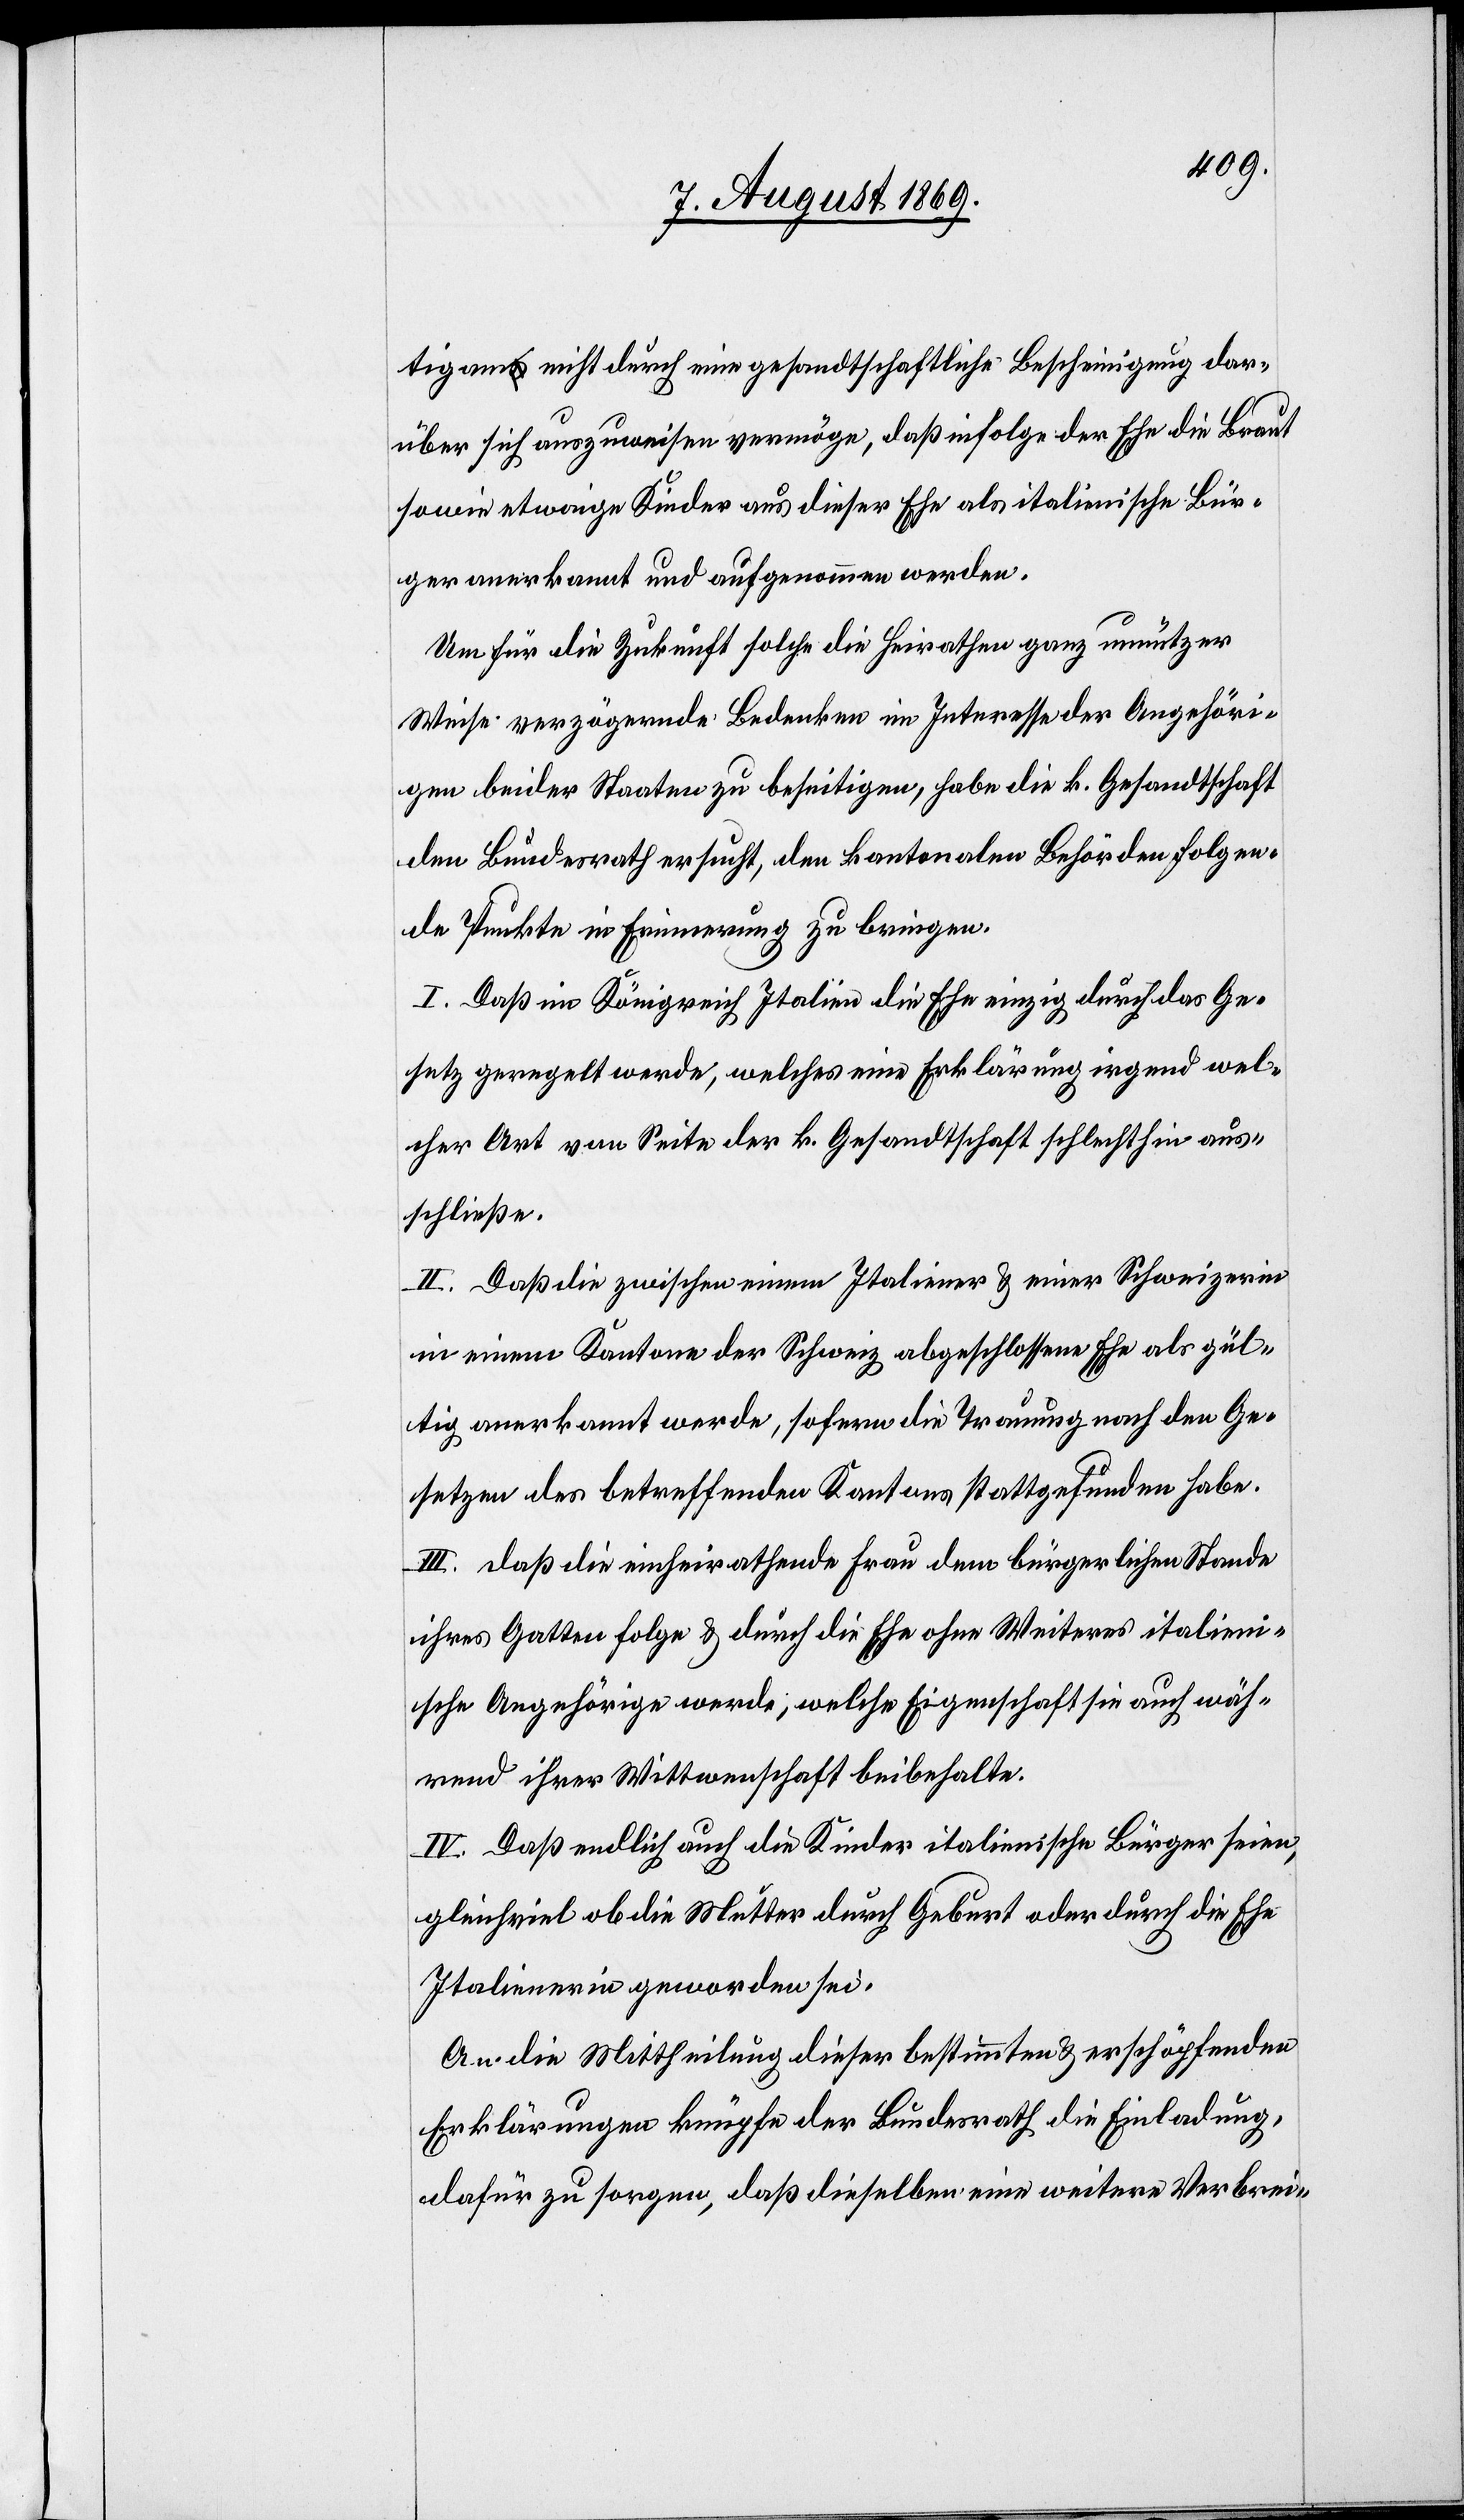
tigam nicht durch eine gesandtschaftliche Bescheinigung dar¬
über sich auszuweisen vermöge, daß infolge der Ehe die Braut
sowie etwaige Kinder aus dieser Ehe als italienische Bür¬
ger anerkannt und aufgenommen werden.
Um für die Zukunft solche die Heirathen ganz unnützer
Weise verzögernde Bedenken im Interesse der Angehöri¬
gen beider Staaten zu beseitigen, habe die k. Gesandtschaft
den Bundesrath ersucht, den kantonalen Behörden folgen¬
de Punkte in Erinnerung zu bringen.
I. Daß im Königreich Italien die Ehe einzig durch das Ge¬
setz geregelt werde, welches eine Erklärung irgend wel¬
cher Art von Seite der k. Gesandtschaft hin aus¬
schließe.
II. Daß die zwischen einem Italiener & einer Schweizerin
in einem Kantone der Schweiz abgeschlossene Ehe als gül¬
tig anerkannt werde, sofern die Trauung nach den Ge¬
setzen des betreffenden Kantons stattgefunden habe.
III. Daß die einheirathende Frau dem bürgerlichen Stande
ihres Gatten folge & durch die Ehe ohne Weiteres italien¬
ische Angehörige werde, welche Eigenschaft sie auch wäh¬
rend ihrer Wittwenschaft beibehalte.
IV. Daß endlich auch die Kinder italienische Bürger seien,
gleichviel ob die Mutter durch Geburt oder durch die Ehe
Italienerin geworden sei.
An die Mittheilung dieser bestimmten & erschöpfenden
Erklärungen knüpfe der Bundesrath die Einladung,
dafür zu sorgen, daß dieselben eine weitere Verbrei-